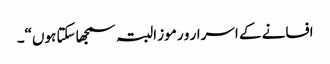
افسانے کے اسرار و رموز البتہ سمجھا سکتا ہوں“۔